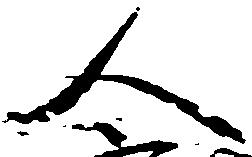
人